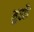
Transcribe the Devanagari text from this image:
मुस्कै